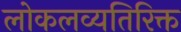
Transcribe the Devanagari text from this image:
लोकलव्यतिरिक्त